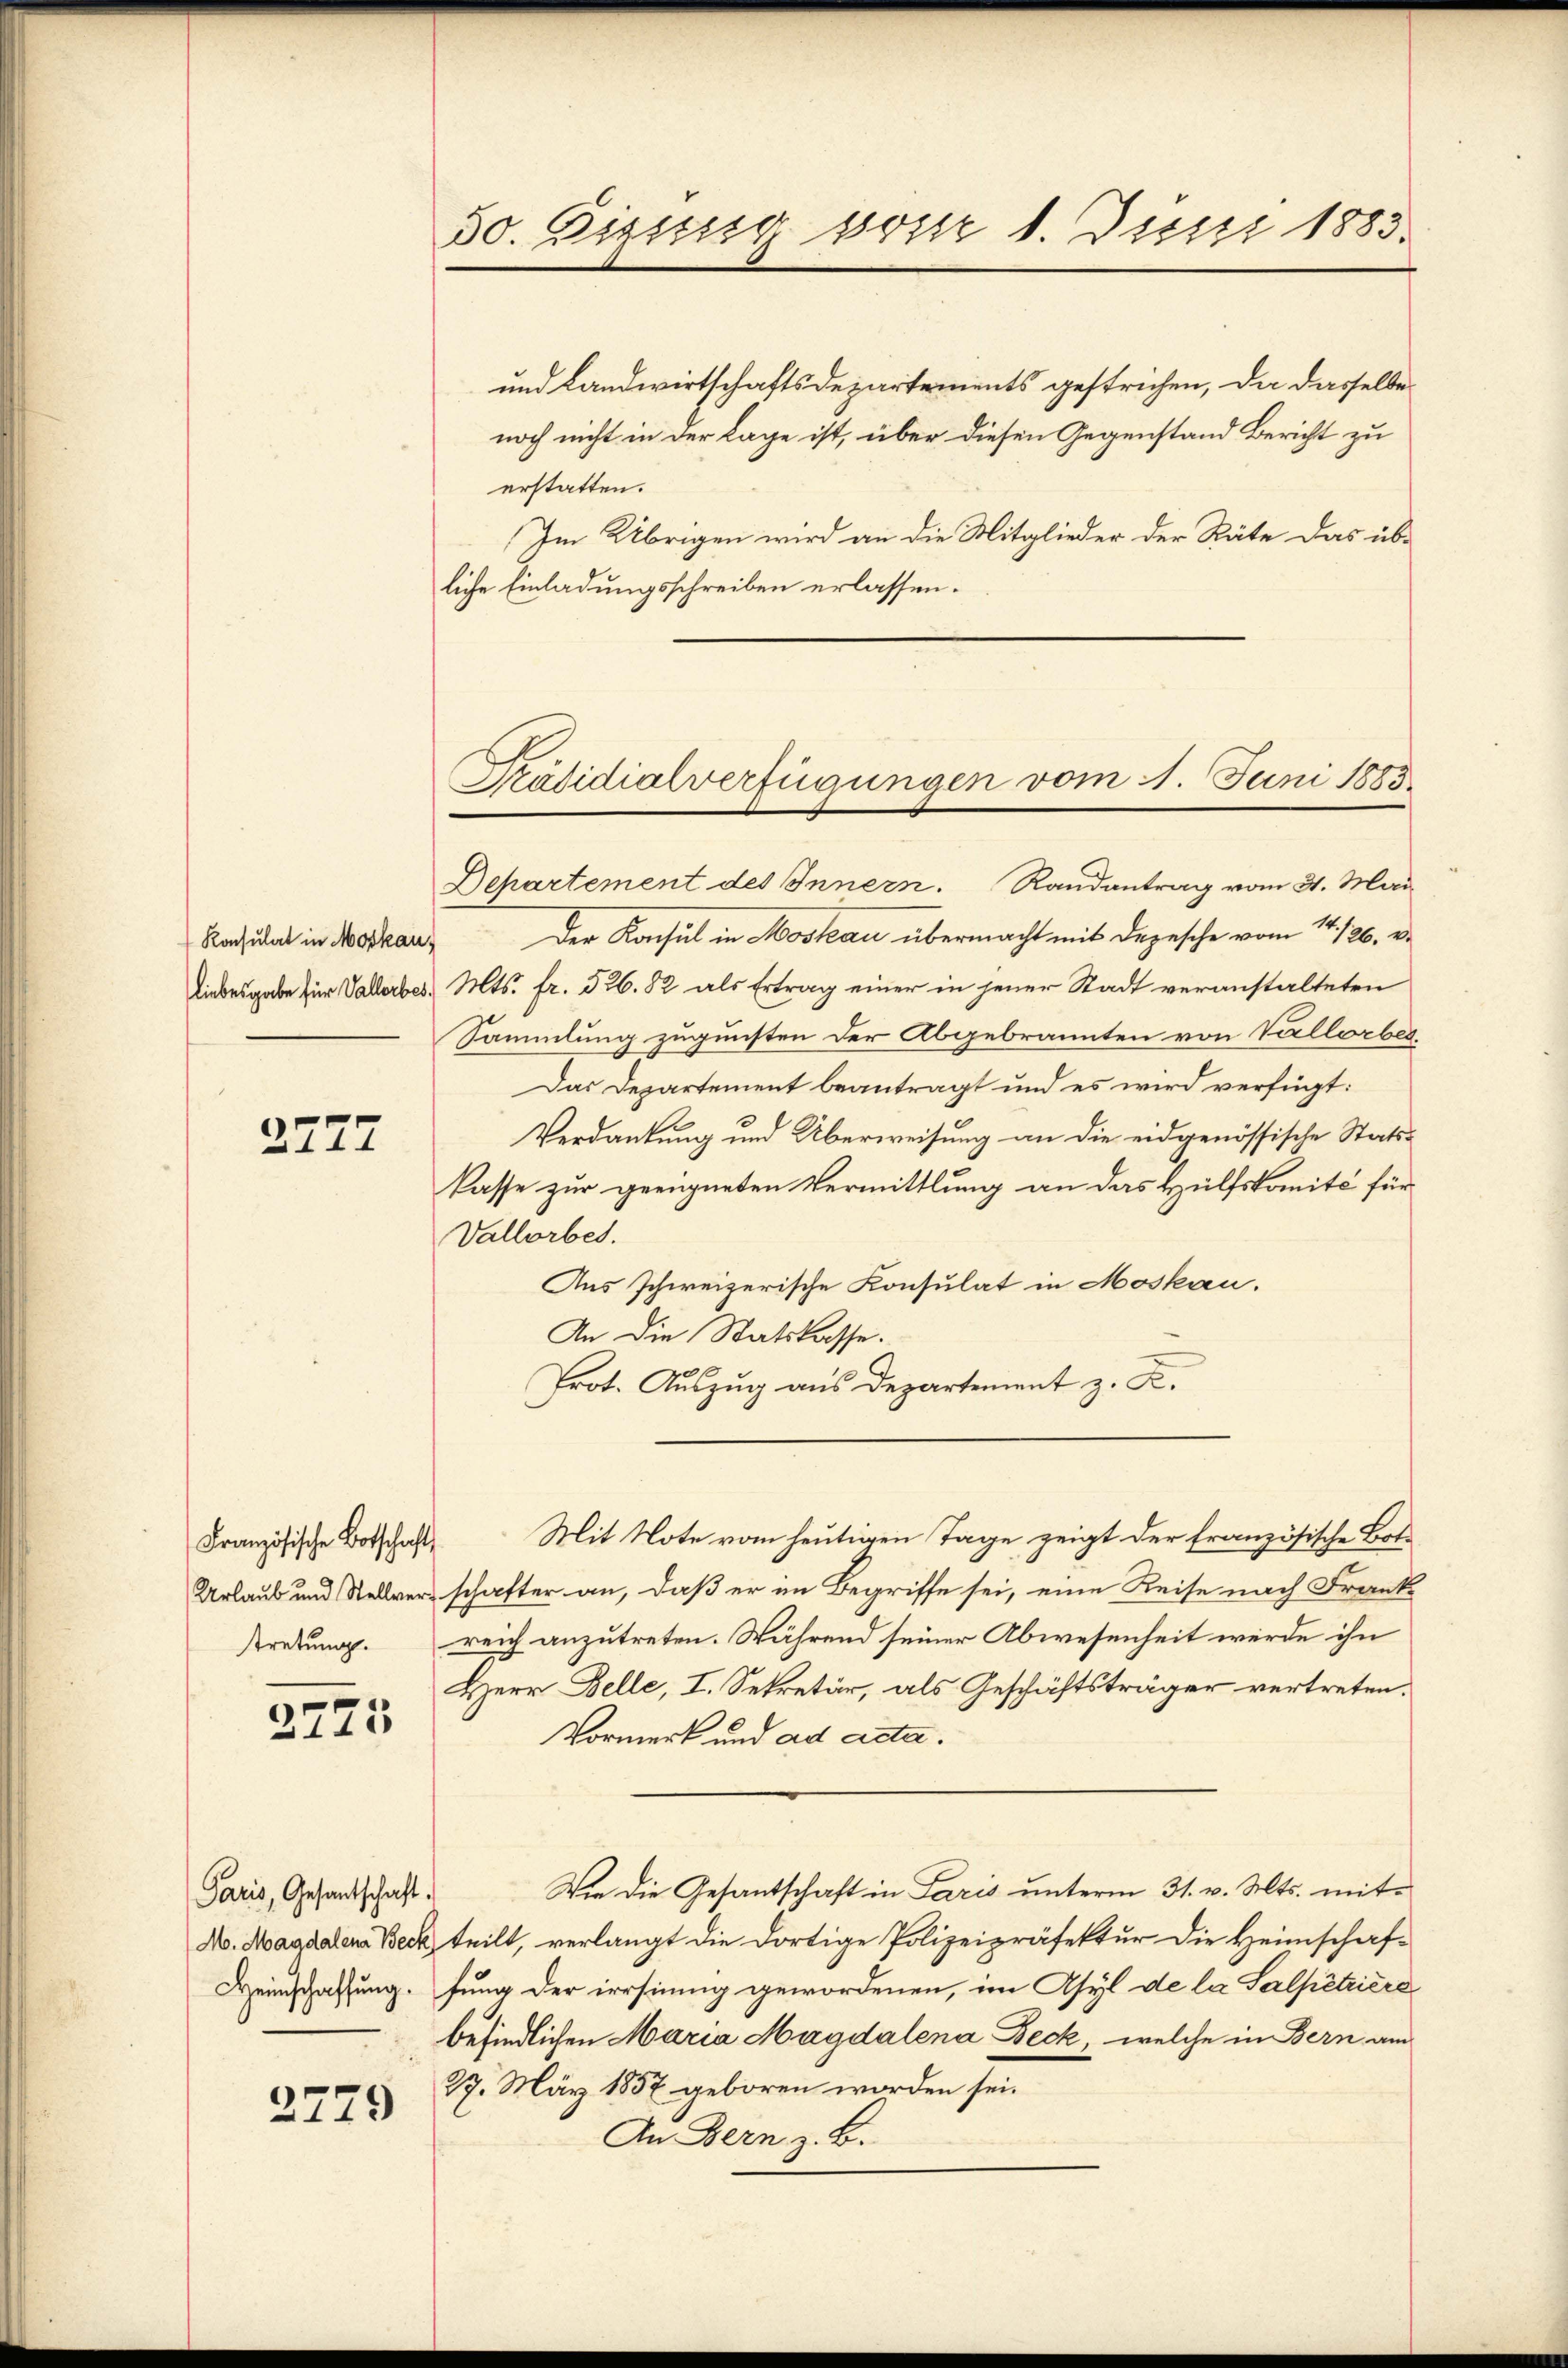
Konsulat in Moskau

2777

Französische Botschaft
stretung.

2775

Paris, Gesantschaft.
Heinschaffung.

2729

50. Gisissig vom 8. Justi 1883.

und Landwirtschaftsdepartements gestrichen, da dasselbe
noch nicht in der Lage ist, über diesen Gegenstand Bericht zu
erstatten.
Im Übrigen wird an die Mitglieder der Räte das üb-
liche Einladungsschreiben erlassen.

Der Konsul in Moskau übermacht mit dazusche vom 14./26. e
liebesgabe für Vaterbes. Mts. fr. 526. 82 als Ertrag einer in jener Stadt veranstalteten
Sammlung zugunsten der Abgebrannten von Vallorber.
Das Departement beantragt und es wird verfügt:
Verdankung und Überweisung an die eidgenössische Staatskasse zur geeigneten Vermittlung an das Hülfskomité für
Vallorbes.
Aus schweizerische Konsulat in Moskau.
An die Statskasse.
Prot. Auszug aus Departement z. K.
Mit Note vom heutigen Tage zeigt der französische Bote
Urlaub und Stellverschafter an, daß er im Begriffe sei, eine Reise nach Frank-
reich anzutreten. Während seiner Abwesenheit werde ihn
Herr Zelle, I. Sekretär, als Geschäftsträger vertreten.
Vormerk und ad acta.
Wie die Gesandschaft in Paris unterm 31. v. Mts. mit¬
N. Magdalena Beck teilt, verlangt die dortige Polizeipräfektur die Heimschaf-
fung der irrsinnig gewordenen, im Asyl de la Salpetriere
befindlichen Maria Magdalena Beck, welche in Bern am
27. März 1857 geboren worden sei.
An Bern z. B.

Präsidialverfügungen vom 1. Juni 1883.
Departement des Innern. Randantrag vom 31. Mai